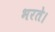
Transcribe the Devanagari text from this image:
भरते।